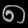
Digit: ၈